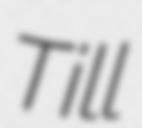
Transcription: Till